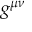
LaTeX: g ^ { \mu \nu }